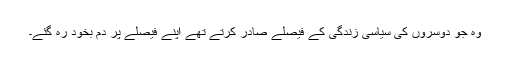
وہ جو دوسروں کی سیاسی زندگی کے فیصلے صادر کرتے تھے اپنے فیصلے پر دم بخود رہ گئے۔